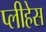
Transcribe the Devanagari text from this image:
प्लीहेस